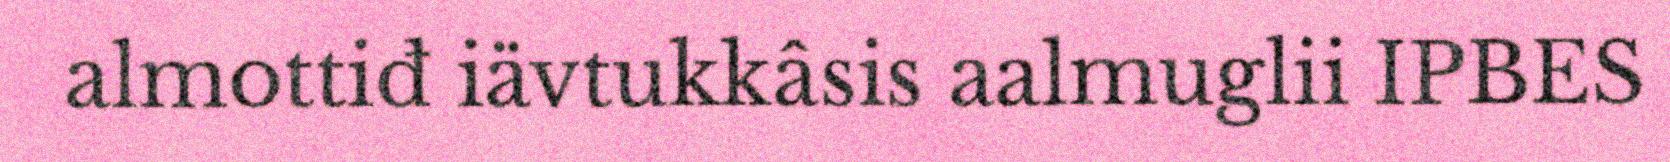
almottiđ iävtukkâsis aalmuglii IPBES